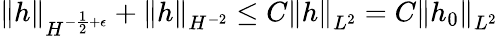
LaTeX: \left\| h\right\| _{H^{-\frac{1}{2}+\epsilon}}+\left\| h\right\| _{H^{-2}}\leq C\left\| h\right\| _{L^{2}}=C\left\| h_{0}\right\| _{L^{2}}